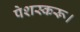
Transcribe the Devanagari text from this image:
पेशस्‍करू।